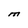
Character: M